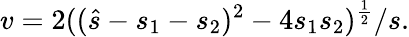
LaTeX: v=2((\hat{s}-s_{1}-s_{2})^{2}-4s_{1}s_{2})^{\frac{1}{2}}/s.